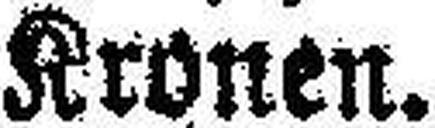
Kronen.